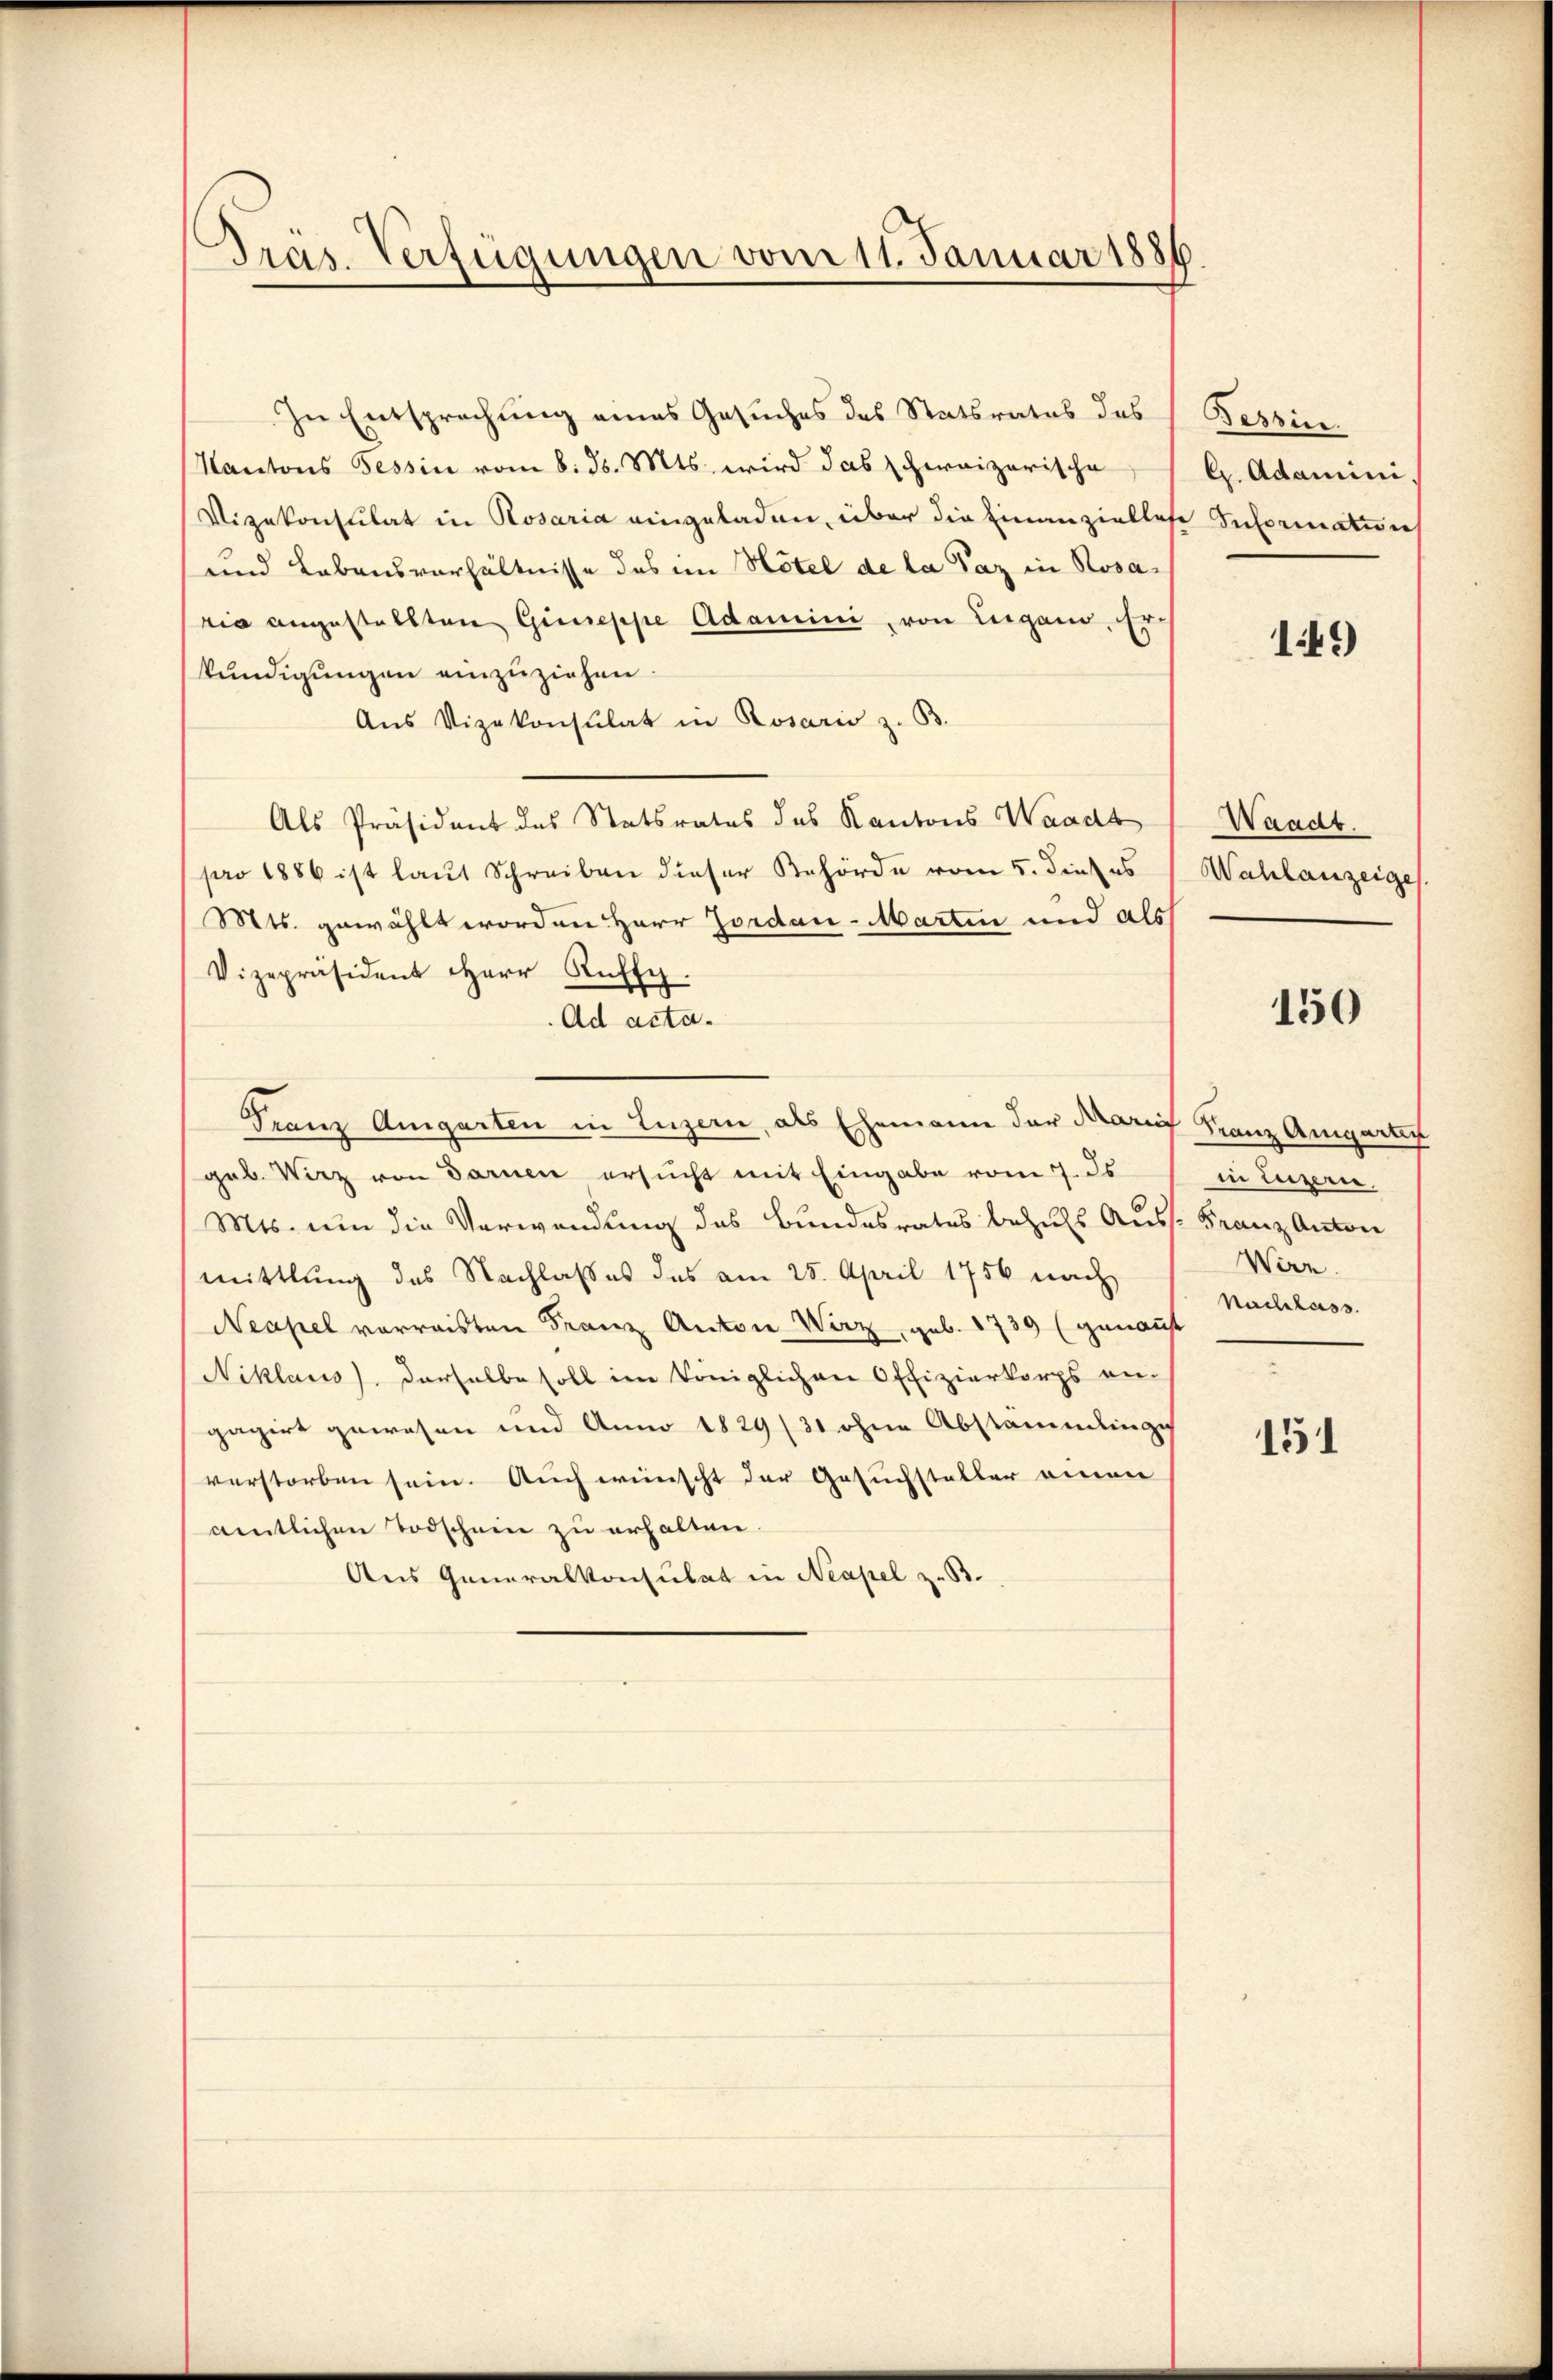
Präs. Verfügungen vom 11. Januar 1886

In Entsprechung eines Gesuches des Statsrates des Tessine.
Kantons Tessin vom 8. d. Mts. wird das schweizerische
Vizekonsulat in Rosaria eingeladen, über die Einanziellose Information
und Lebensverhältnisse des im Hotel de la Paz in Rosario angestellten Giuseppe Adamini, von Lugano. Er
kundigungen einzuziehen.
Aus Vizekonsulat in Rosarie z. B.
Als Präsident des Statsrates des Kantons Waadt
pro 1886 ist laut Schreiben dieser Behörde vom 5. dieses
Mts. gewählt worden Herr Jordan-Martin und als
Vizepräsident Herr Ruffy.
Ad acta.
Franz Angarten in Luzern, als Ehemann der Kauf Franz Angarten
geb. Wirz von Darnen ersucht mit Eingabe vom 7. ds.
Mts. um die Verwendung des Bundesrates bezuls Auss. Franz Anton
mittlung des Nachlaßes des am 25. April 1756 nach
Neapel vorreisten Franz Anton Wirz, geb. 1739 (genannt
Niklaus derselbe soll im Königlichen Offizierkorps an-
gagirt gewesen und Anno 1829/31 ohne Abstammlinge
verstorben sein. Auch wünscht der Gesuchsteller einen
amtlichen Todschein zu erhalten.
Aus Generalkonsulat in Neapel z. B.

G. Adamini

19

Waadt.
Wahlanzeige

150

in Luzern
Wirz
Nachlass

151